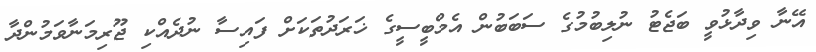
އޭނާ ވިދާޅުވީ ބަޖެޓު ނުލިބުމުގެ ސަބަބުން އެމްބީސީގެ ޚަރަދުތަކަށް ފައިސާ ނުދެއްކި ޖޫރިމަނާވަމުންދާ